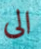
الى